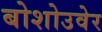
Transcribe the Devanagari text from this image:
बोशोउवेर